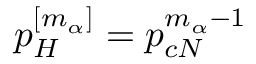
p _ { H } ^ { [ m _ { \alpha } ] } = p _ { c N } ^ { m _ { \alpha } - 1 }